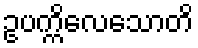
ဥပက္ကိလေသောတိ